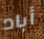
أباد